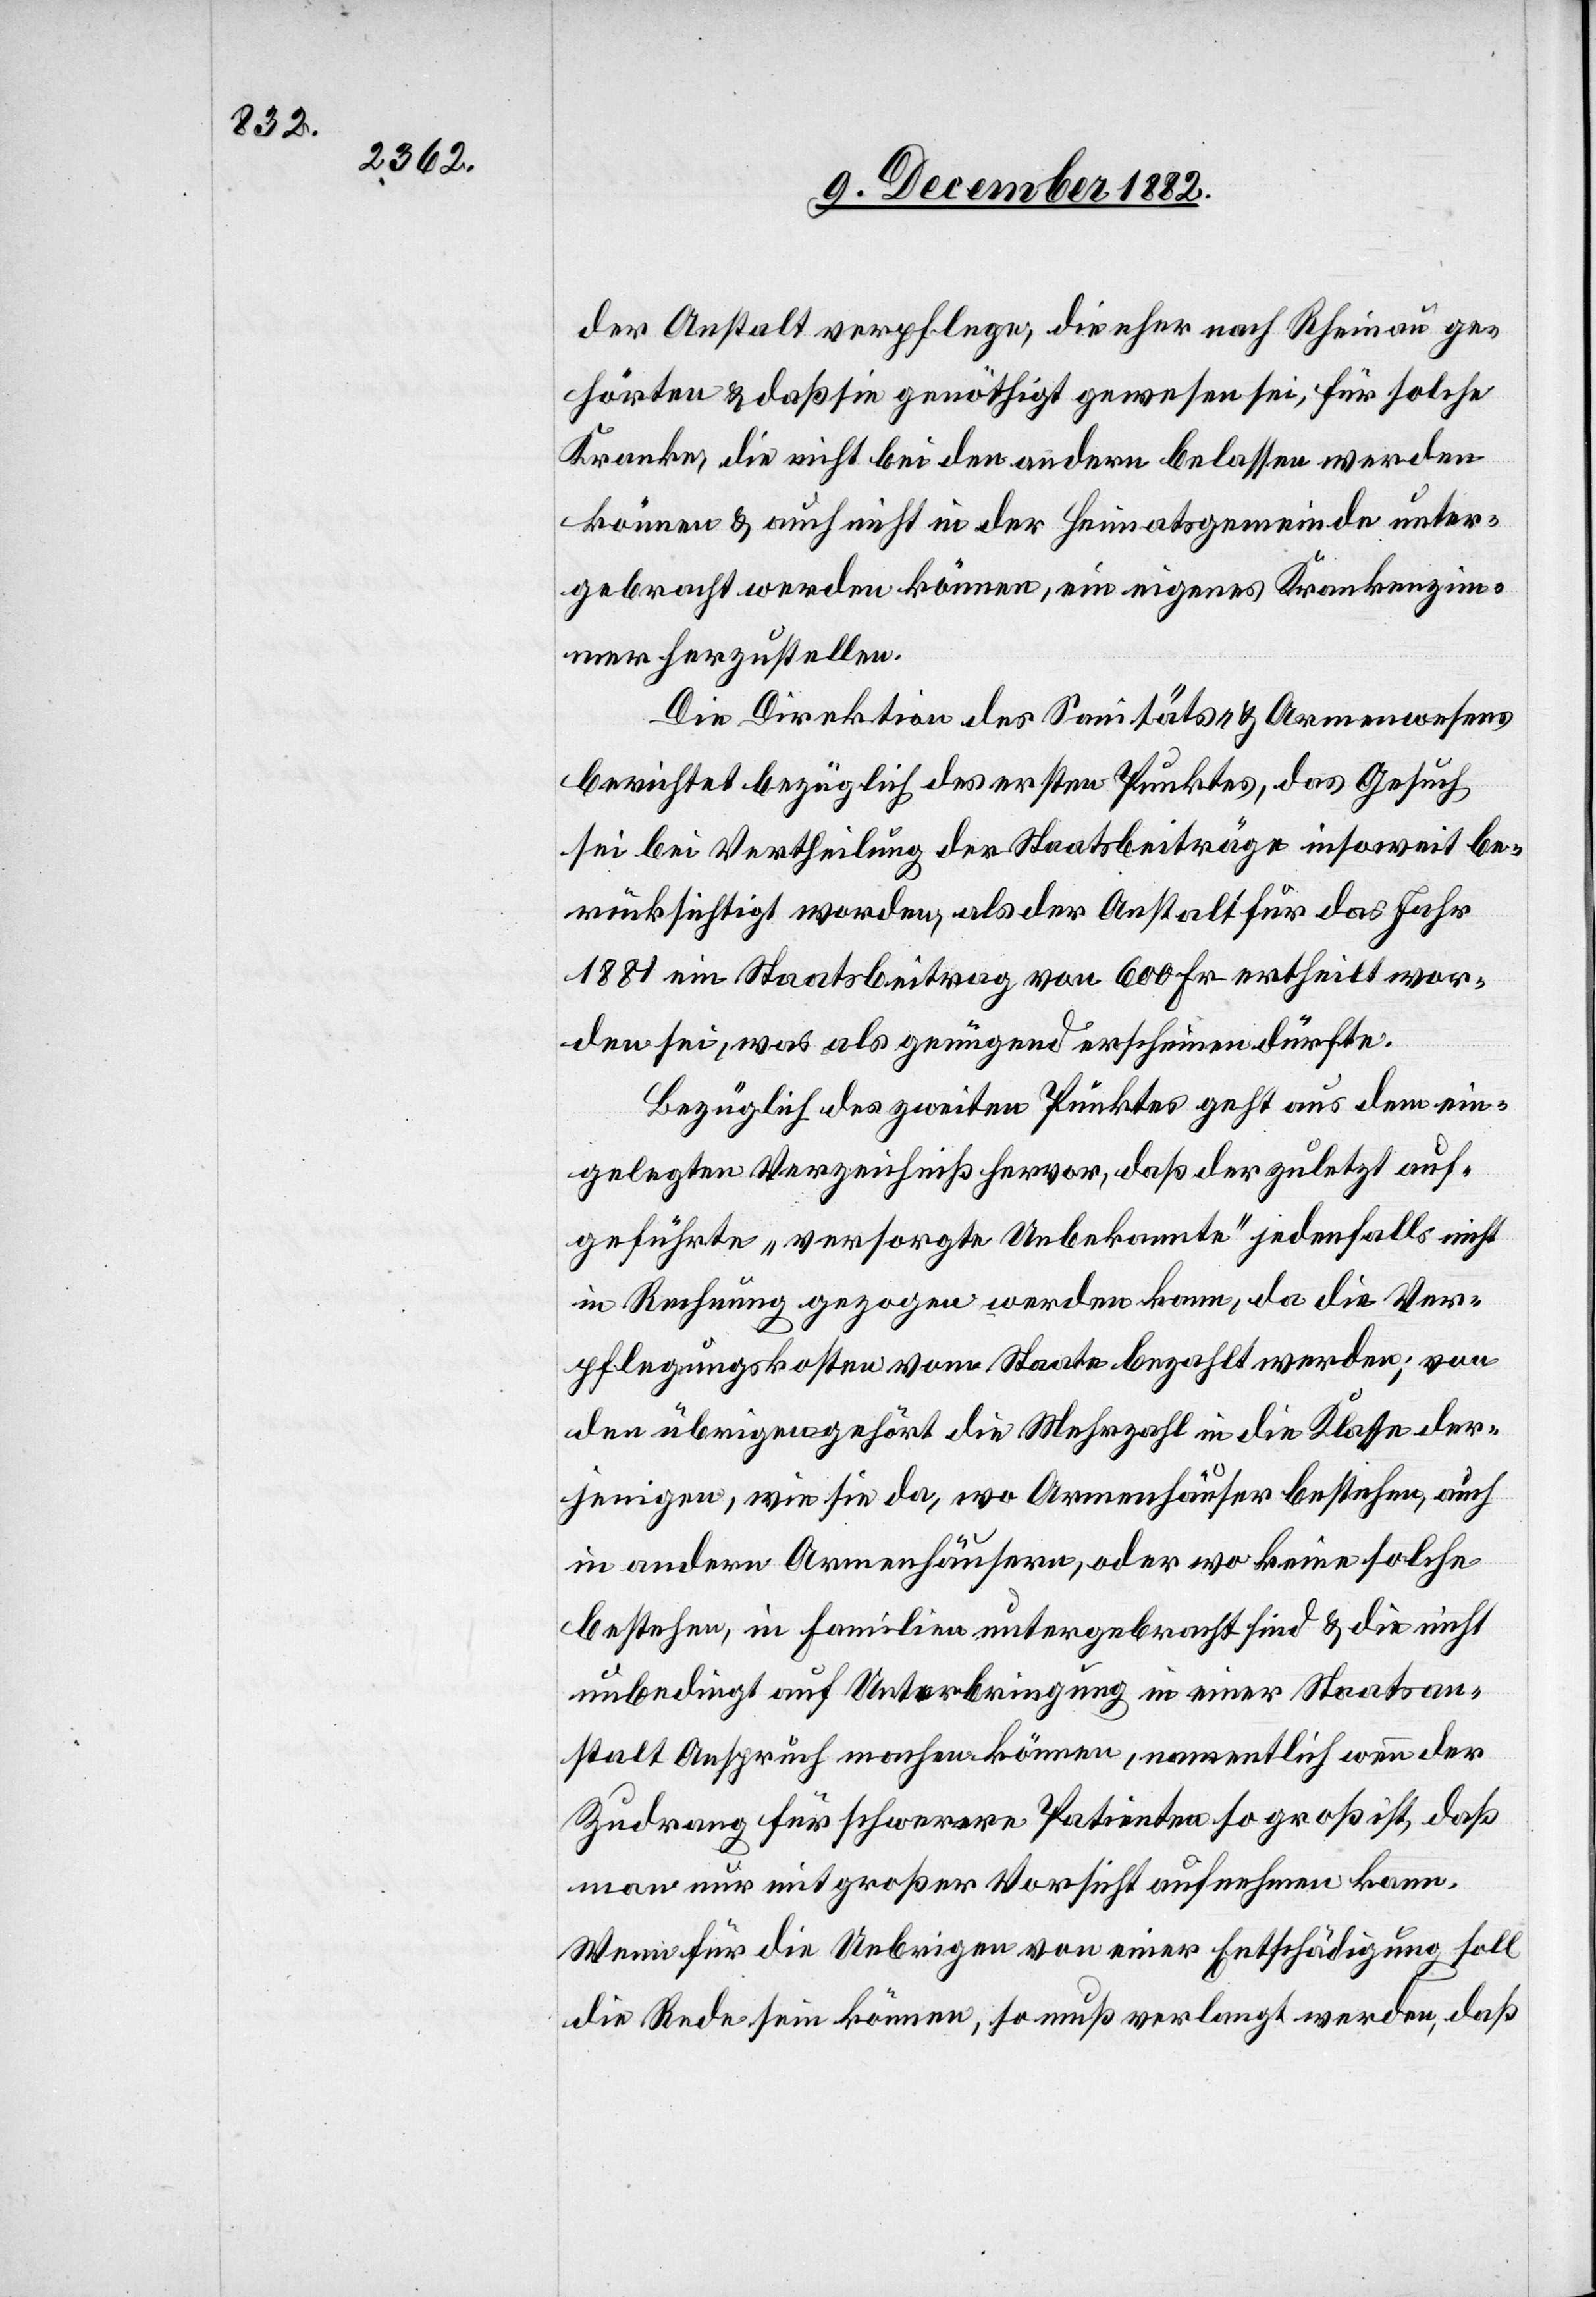
der Anstalt verpflege, die eher nach Rheinau ge¬
hörten & daß sie genöthigt gewesen sei, für solche
Kranke, die nicht bei den andern belassen werden
können & auch nicht in der Heimatsgemeinde unter¬
gebracht werden können, ein eigenes Krankenzim¬
mer herzustellen.
Die Direktion des Sanitäts- & Armenwesens
berichtet bezüglich des ersten Punktes, das Gesuch
sei bei Vertheilung der Staatsbeiträge insoweit be¬
rücksichtigt worden, als der Anstalt für das Jahr
1881 ein Staatsbeitrag von 600 Fr. ertheilt wor¬
den sei, was als genügend erscheinen dürfte.
Bezüglich des zweiten Punktes geht aus dem ein¬
gelegten Verzeichniß hervor, daß der zuletzt auf¬
geführte „versorgte Unbekannte“ jedenfalls nicht
in Rechnung gezogen werden kann, da die Ver¬
pflegungskosten vom Staate bezahlt werden; von
den übrigen gehört die Mehrzahl in die Klasse der¬
jenigen, wie sie da, wo Armenhäuser bestehen, auch
in andern Armenhäusern, oder wo keine solche
bestehen, in Familien untergebracht sind & die nicht
unbedingt auf Unterbringung in einer Staatsan¬
stalt Anspruch machen können, namentlich wenn der
Zudrang für schwerere Patienten so groß ist, daß
man nur mit großer Vorsicht aufnehmen kann.
Wenn für die Uebrigen von einer Entschädigung soll
die Rede sein können, so muß verlangt werden, daß